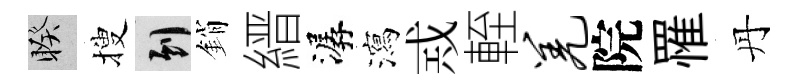
睽搜到銷縉潺瀉𢦶輊羌院罹丹